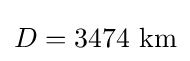
D=3474{\text{ km}}